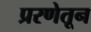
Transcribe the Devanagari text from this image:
प्ररणेतून